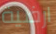
ارضية